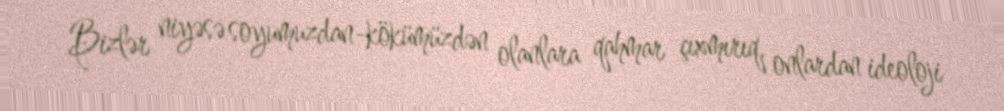
Bizlər niyəsə soyumuzdan-kökümüzdən olanlara qahmar çıxmırıq, onlardan ideoloji